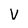
Character: V